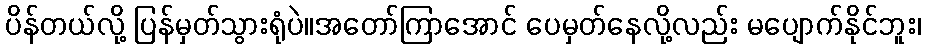
ပိန်တယ်လို့ ပြန်မှတ်သွားရုံပဲ။အတော်ကြာအောင် ပေမှတ်နေလို့လည်း မပျောက်နိုင်ဘူး၊